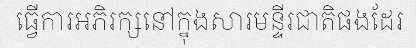
ធ្វើការអភិរក្សនៅក្នុងសារមន្ទីរជាតិផងដែរ